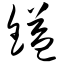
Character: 镒